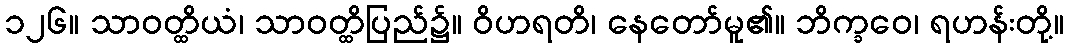
၁၂၆။ သာဝတ္ထိယံ၊ သာဝတ္ထိပြည်၌။ ဝိဟရတိ၊ နေတော်မူ၏။ ဘိက္ခဝေ၊ ရဟန်းတို့။